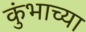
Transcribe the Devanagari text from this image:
कुंभाच्या